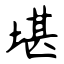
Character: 堪